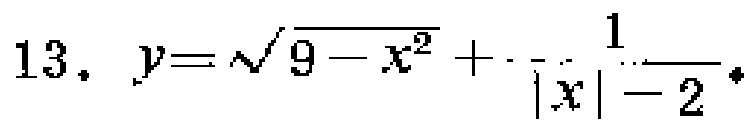
$13.\ y = \sqrt{9 - x^{2}}+\frac{1}{|x| - 2}.$